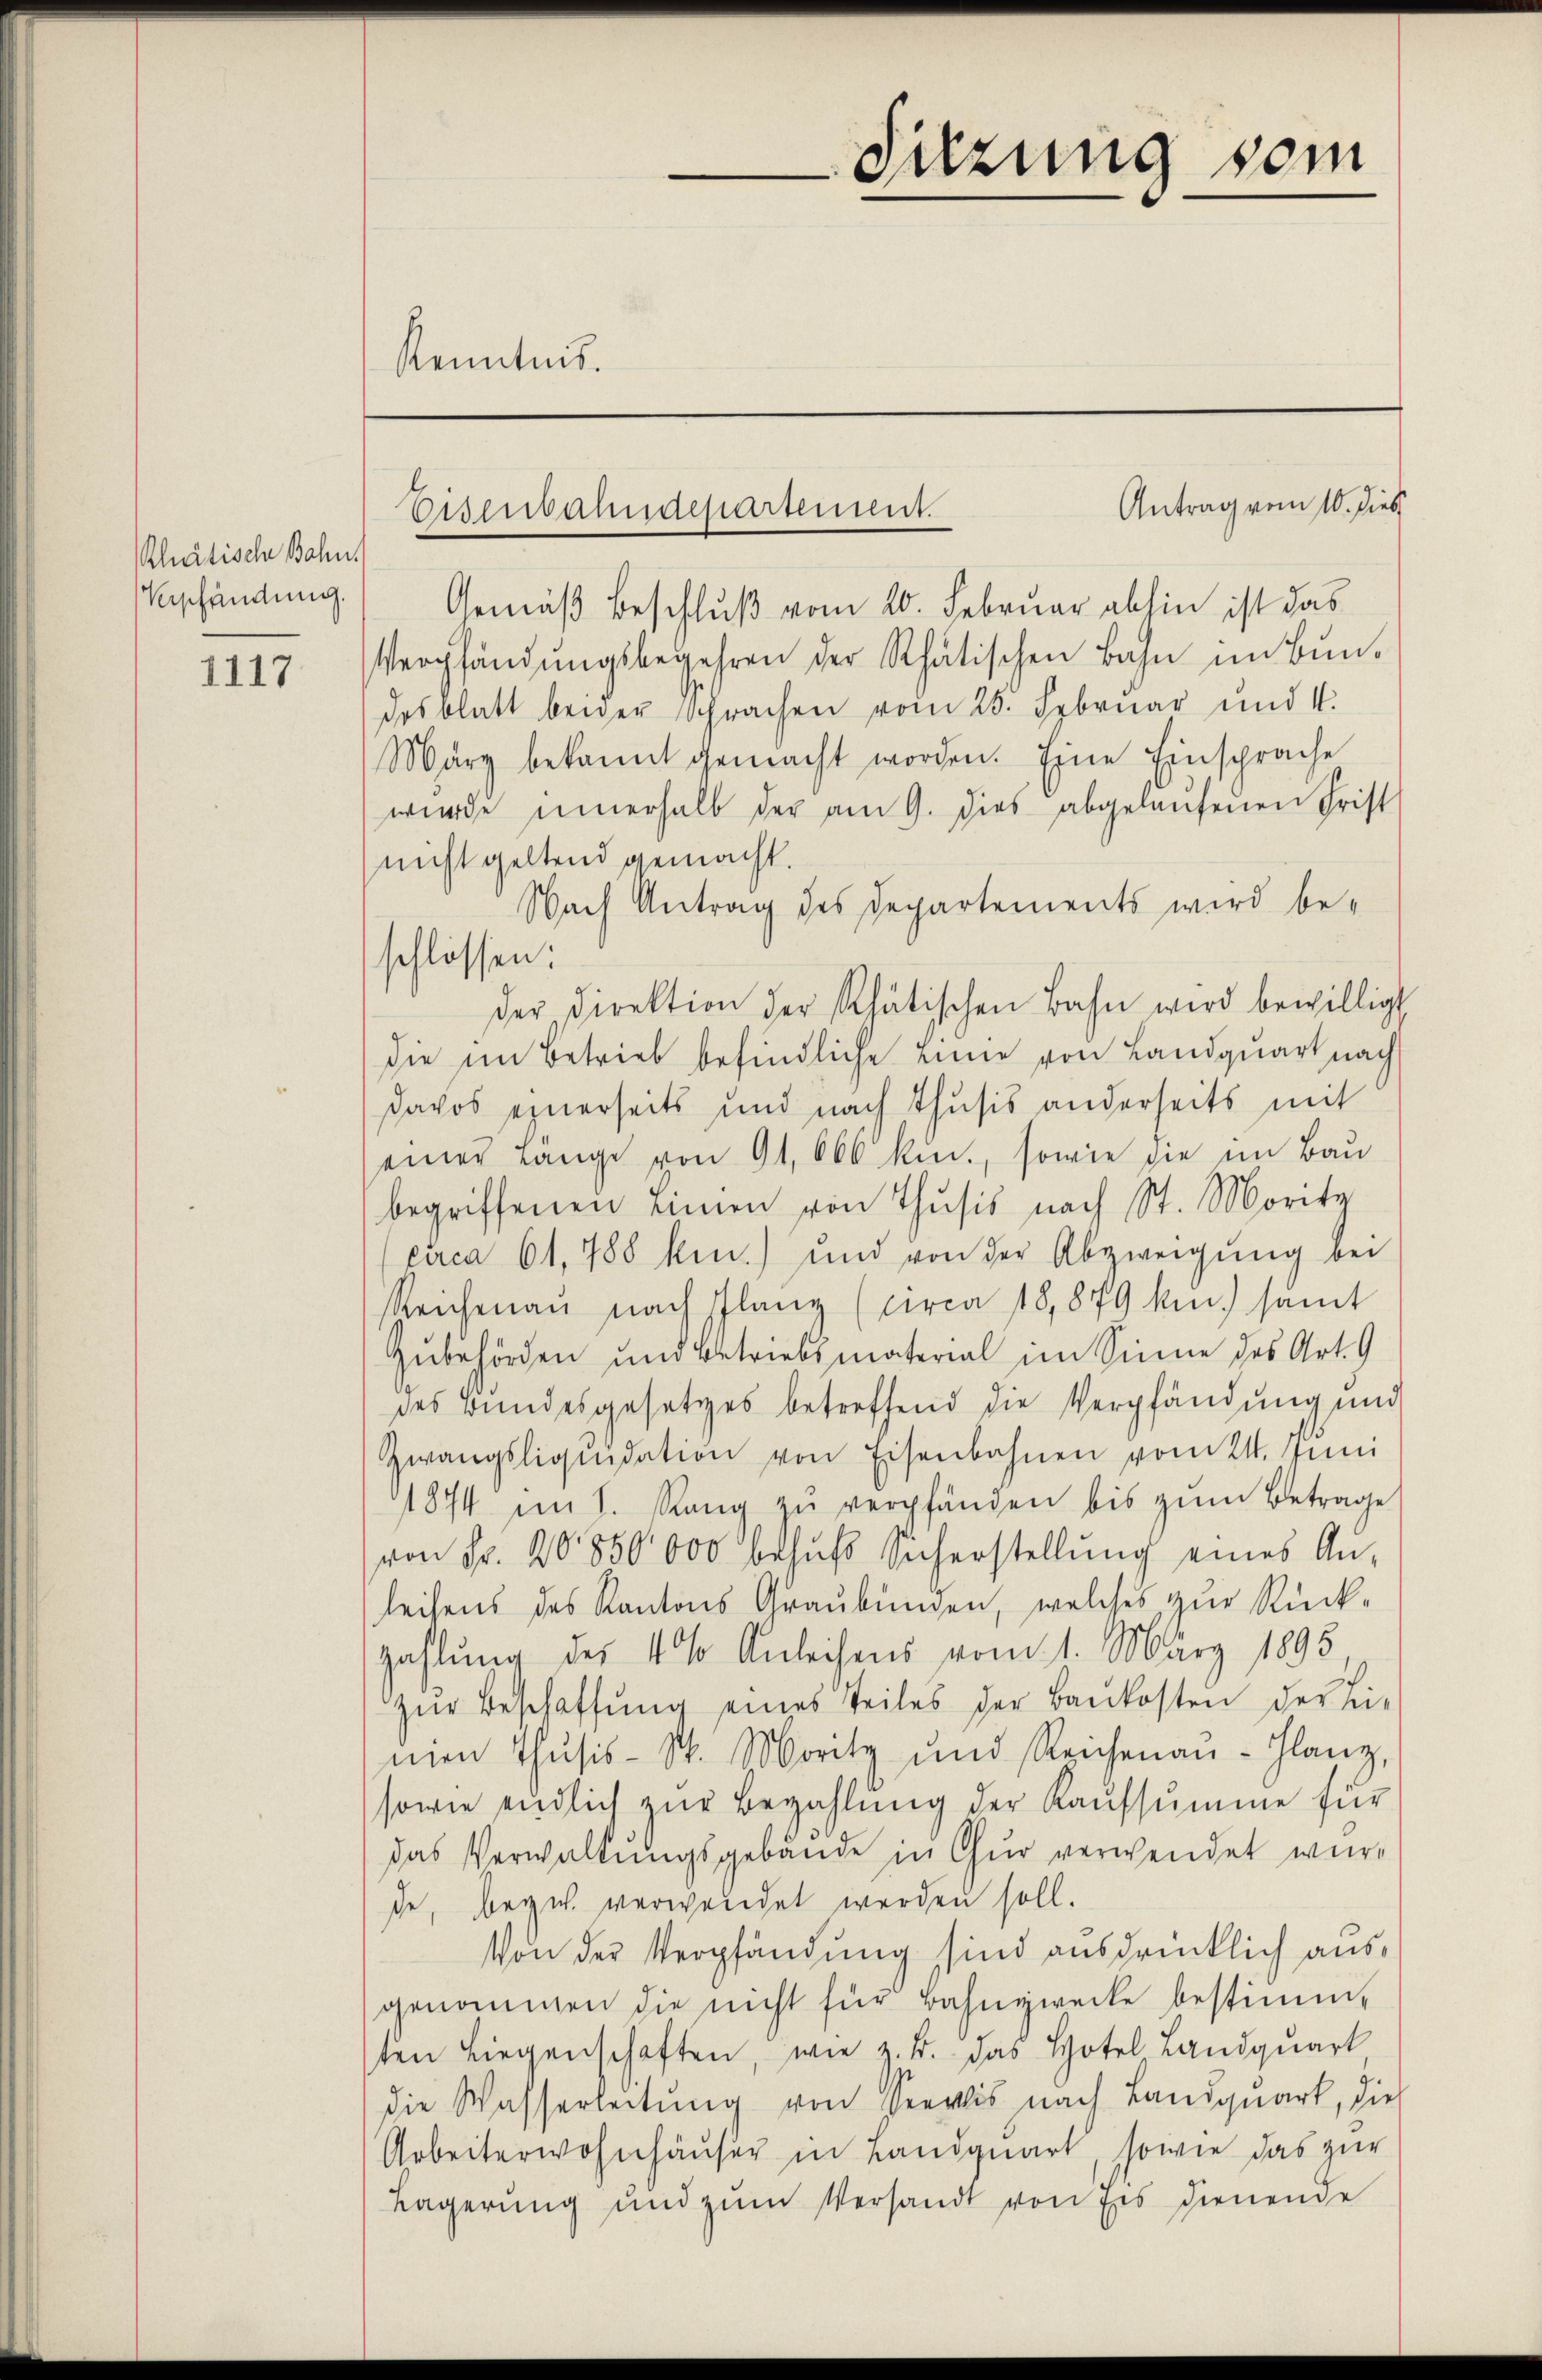
Rhätische Bahn.
Verpfändung.

1117

Sitzung vom
Kenntnis.

Gemäß Beschluß vom 20. Februar abhin ist das
Verpfändungsbegehren der Rhätischen Bahn um Bundesblatt bewer sprachen vom 25. Februar und 4.
März bekannt gemacht worden. Eine Einsprache
wurde innerhalb der am 9. dies abgelaŭfenen Frist
nicht geltend gemacht.
Nach Antrag des Departements wird beder Direktion der Rhätischen Bahn wird bewilligt
die im Betrieb befindliche Eine von Landquart nach
Davos einerseits und nach Thusis anderseits mit
einer Länge von 91,666 kuc., sowie die im Bau
begriffenen Linien von Thusis nach St. Moritz
circa 61, 788 ken) und von der Abzweigung bei
Reichenau nach Planz (circa 18,879 km.) samt
Zubehörden und Betriebsmaterial im Sinne des Art. 9
des Bundesgesetzes betreffend die Verpfändung und
Zwangsliquidation von Eisenbahnen vom 21. Juni
1874 im 1. Rang zŭ verpfänden bis zŭm Betrage
von Fr. 20850000 behŭfs Sicherstellŭng eines An-
leihens des Kantons Graubünden, welches zur Rück-
zahlung des 4% Anleisens vom 1. März 1895.
zŭr Beschaffŭng eines Teiles der Baŭkosten der Fi-
men Thusis- St. Moritz und Reichenan-Glanz,
sowie endlich zŭr Bezahlung der Kaufsumme für
das Verwaltungsgebäude in Chur verwendet würde, bezw. verwendet werden soll.
Von der Verpfändung sind ausdrücklich ausgenommen die nicht für Bahnzwecke bestimm-
sten Liegenschaften wie z. B. das Hotel Landqŭart
die Wasserleitung von Seelis nach Landquart, die
Arbeiterwohnhäuser in Landquart, sowie das zur
Lagerŭng und zŭm Versandt von Eis dienende

Antrag vom 10. dies
Eisenbaudepartement.

schlossen: